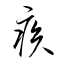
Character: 疾